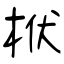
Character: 栿